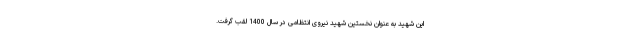
این شهید به عنوان نخستین شهید نیروی انتظامی در سال 1400 لقب گرفت.